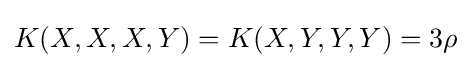
K(X,X,X,Y)=K(X,Y,Y,Y)=3\rho